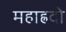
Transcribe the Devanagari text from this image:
महाह्रदो